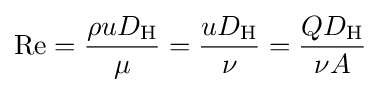
\mathrm {Re} ={\frac {\rho uD_{\text{H}}}{\mu }}={\frac {uD_{\text{H}}}{\nu }}={\frac {QD_{\text{H}}}{\nu A}}